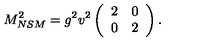
M _ { N S M } ^ { 2 } = g ^ { 2 } v ^ { 2 } \left( \begin{array} { c c } { 2 } & { 0 } \\ { 0 } & { 2 } \\ \end{array} \right) . \,